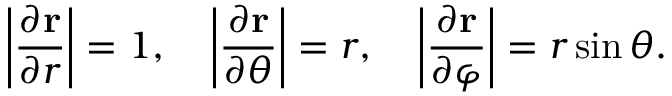
\left| { \frac { \partial \mathbf { r } } { \partial r } } \right| = 1 , \quad \left| { \frac { \partial \mathbf { r } } { \partial \theta } } \right| = r , \quad \left| { \frac { \partial \mathbf { r } } { \partial \varphi } } \right| = r \sin \theta .